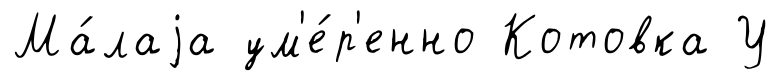
Ма́лаjа ум'е́р'енно Котовка У